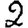
Digit: 2